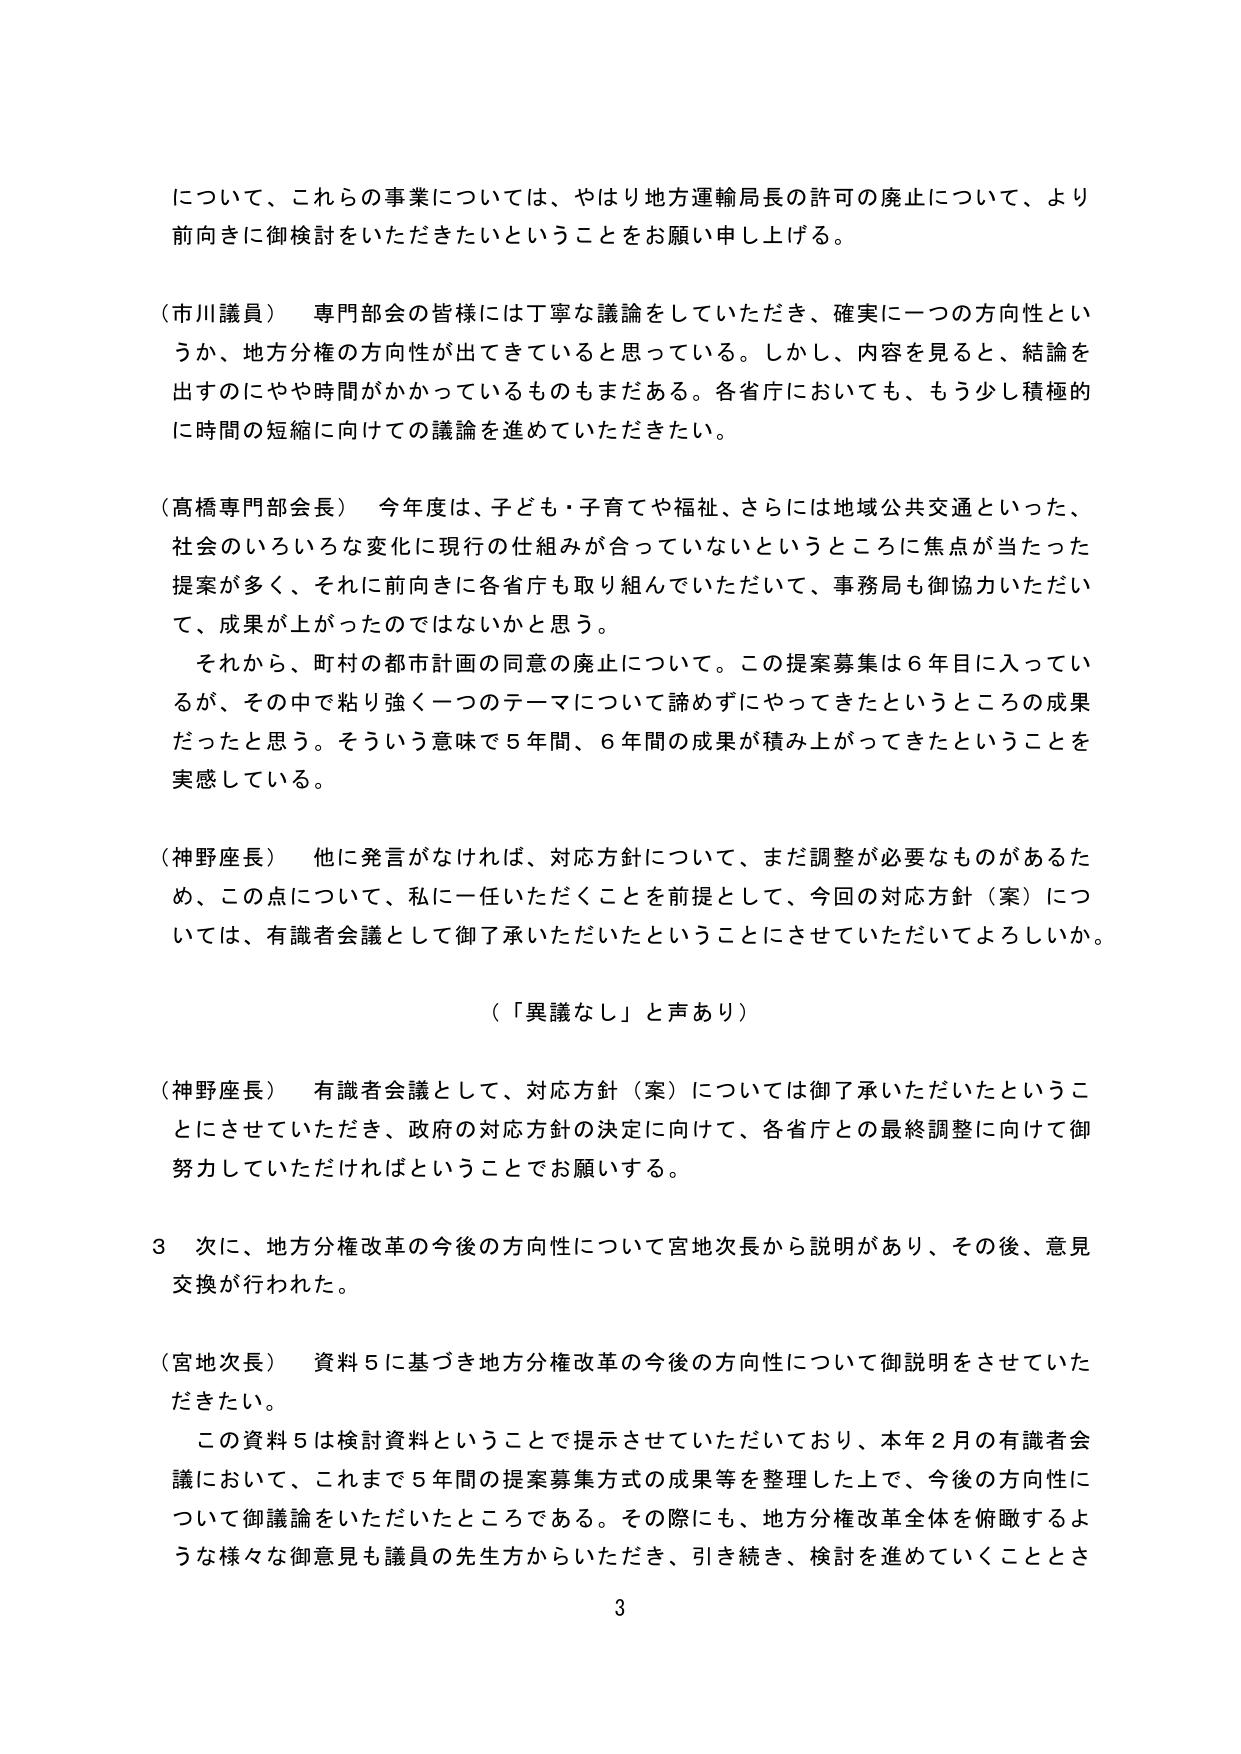
について、これらの事業については、やはり地方運輸局長の許可の廃止について、より前向きに御検討をいただきたいということをお願い申し上げる。

（市川議員） 専門部会の皆様には丁寧な議論をしていただき、確実に一つの方向性というか、地方分権の方向性が出てきていると思っている。しかし、内容を見ると、結論を出すのにやや時間がかかっているものもまだある。各省庁においても、もう少し積極的に時間の短縮に向けての議論を進めていただきたい。

（高橋専門部会長） 今年度は、子ども・子育てや福祉、さらには地域公共交通といった、社会のいろいろな変化に現行の仕組みが合っていないというところに焦点が当たった提案が多く、それに前向きに各省庁も取り組んでいただいて、事務局も御協力いただいて、成果が上がったのではないかと思う。
　それから、町村の都市計画の同意の廃止について。この提案募集は６年目に入っているが、その中で粘り強く一つのテーマについて諦めずにやってきたというところの成果だったと思う。そういう意味で５年間、６年間の成果が積み上がってきたということを実感している。

（神野座長） 他に発言がなければ、対応方針について、まだ調整が必要なものがあるため、この点について、私に一任いただくことを前提として、今回の対応方針（案）については、有識者会議として御了承いただいたということにさせていただいてよろしいか。

（「異議なし」と声あり）

（神野座長） 有識者会議として、対応方針（案）については御了承いただいたということにさせていただき、政府の対応方針の決定に向けて、各省庁との最終調整に向けて御努力していただければということでお願いする。

３ 次に、地方分権改革の今後の方向性について宮地次長から説明があり、その後、意見交換が行われた。

（宮地次長） 資料５に基づき地方分権改革の今後の方向性について御説明をさせていただきたい。
　この資料５は検討資料ということで提示させていただいており、本年２月の有識者会議において、これまで５年間の提案募集方式の成果等を整理した上で、今後の方向性について御議論をいただいたところである。その際にも、地方分権改革全体を俯瞰するような様々な御意見も議員の先生方からいただき、引き続き、検討を進めていくこととさ

3